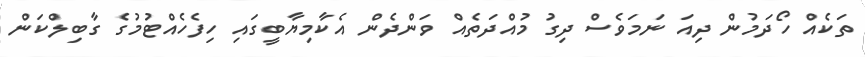
ތަކެއް ހޯދަމުން ދިއަ ނަމަވެސް ދިގު މުއްދަތެއް ވަންދެން އެކާމިޔާބީގައި ހިފެހެއްޓުމުގެ ގާބިލްކަން